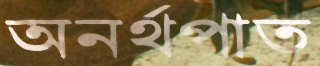
অনর্থপাত